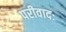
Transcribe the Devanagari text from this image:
परीवादः